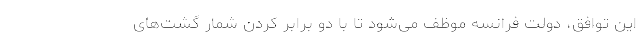
این توافق، دولت فرانسه موظف می‌شود تا با دو برابر کردن شمار گشت‌های